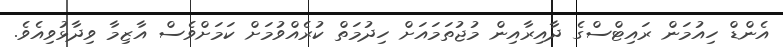
އެންޑް ހިއުމަން ރައިޓްސްގެ ދާއިރާއިން މުޖުތަމައަށް ހިދުމަތް ކުރެއްވުމަށް ކަމަށްވެސް އާޒިމާ ވިދާޅުވިއެވެ.